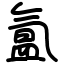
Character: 氲